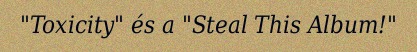
"Toxicity" és a "Steal This Album!"